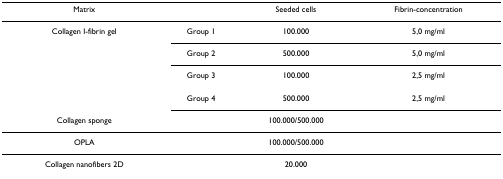
| Matrix |  | Seeded cells | Fibrin-concentration |
 | --- | --- | --- | --- |
 | Collagen I-fibrin gel | Group 1 | 100.000 | 5,0 mg/ml |
 |  | Group 2 | 500.000 | 5,0 mg/ml |
 |  | Group 3 | 100.000 | 2,5 mg/ml |
 |  | Group 4 | 500.000 | 2,5 mg/ml |
 | Collagen sponge |  | 100.000/500.000 |  |
 | OPLA |  | 100.000/500.000 |  |
 | Collagen nanofibers 2D |  | 20.000 |  |